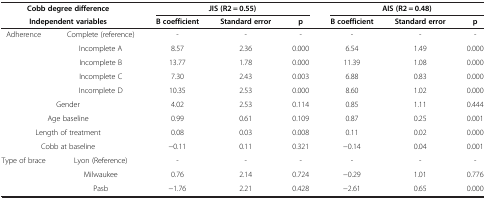
<table><thead><tr><td colspan="2"><b>Cobb degree difference</b></td><td colspan="3"><b>JIS (R2 = 0.55)</b></td><td colspan="3"><b>AIS (R2 = 0.48)</b></td></tr><tr><td colspan="2"><b>Independent variables</b></td><td><b>B coefficient</b></td><td><b>Standard error</b></td><td><b>p</b></td><td><b>B coefficient</b></td><td><b>Standard error</b></td><td><b>p</b></td></tr></thead><tbody><tr><td rowspan="5">Adherence</td><td>Complete (reference)</td><td>-</td><td>-</td><td>-</td><td>-</td><td>-</td><td>-</td></tr><tr><td>Incomplete A</td><td>8.57</td><td>2.36</td><td>0.000</td><td>6.54</td><td>1.49</td><td>0.000</td></tr><tr><td>Incomplete B</td><td>13.77</td><td>1.78</td><td>0.000</td><td>11.39</td><td>1.08</td><td>0.000</td></tr><tr><td>Incomplete C</td><td>7.30</td><td>2.43</td><td>0.003</td><td>6.88</td><td>0.83</td><td>0.000</td></tr><tr><td>Incomplete D</td><td>10.35</td><td>2.53</td><td>0.000</td><td>8.60</td><td>1.02</td><td>0.000</td></tr><tr><td colspan="2">Gender</td><td>4.02</td><td>2.53</td><td>0.114</td><td>0.85</td><td>1.11</td><td>0.444</td></tr><tr><td colspan="2">Age baseline</td><td>0.99</td><td>0.61</td><td>0.109</td><td>0.87</td><td>0.25</td><td>0.001</td></tr><tr><td colspan="2">Length of treatment</td><td>0.08</td><td>0.03</td><td>0.008</td><td>0.11</td><td>0.02</td><td>0.000</td></tr><tr><td colspan="2">Cobb at baseline</td><td>−0.11</td><td>0.11</td><td>0.321</td><td>−0.14</td><td>0.04</td><td>0.001</td></tr><tr><td rowspan="3">Type of brace</td><td>Lyon (Reference)</td><td>-</td><td>-</td><td>-</td><td>-</td><td>-</td><td>-</td></tr><tr><td>Milwaukee</td><td>0.76</td><td>2.14</td><td>0.724</td><td>−0.29</td><td>1.01</td><td>0.776</td></tr><tr><td>Pasb</td><td>−1.76</td><td>2.21</td><td>0.428</td><td>−2.61</td><td>0.65</td><td>0.000</td></tr></tbody></table>